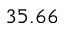
3 5 . 6 6